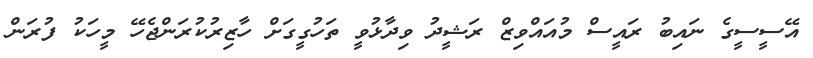
އޭސީސީގެ ނައިބު ރައީސް މުއައްވިޒް ރަޝީދު ވިދާޅުވީ ތަހުގީގަށް ހާޒިރުކުރަންޖެހޭ މީހަކު ފުރަން